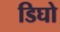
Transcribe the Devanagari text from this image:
डिघो